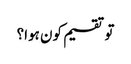
تو تقسیم کون ہوا؟